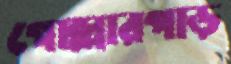
গোল্লারপাড়